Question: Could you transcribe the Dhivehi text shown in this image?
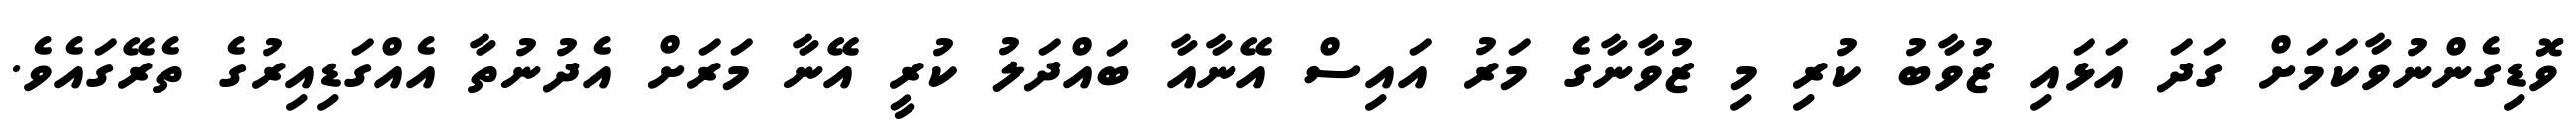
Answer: ވޮޑިގެންނުވާކަމަށް ގަދަ އަޅައި ޒުވާބު ކުރި މި ޒުވާނާގެ މަރު އައިސް އޭނާއާ ބައްދަލު ކުރީ އޭނާ މަރަށް އެދުނުތާ އެއްގަޑިއިރުގެ ތެރޭގައެވެ.